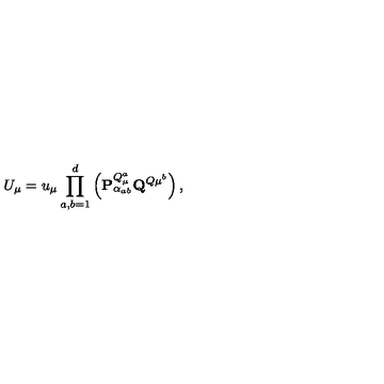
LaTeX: U _ { \mu } = u _ { \mu } \prod _ { a , b = 1 } ^ { d } \left( { \mathbf { P } } _ { \alpha _ { a b } } ^ { Q _ { \mu } ^ { a } } { \mathbf { Q } } ^ { Q { \mu } ^ { b } } \right) ,